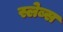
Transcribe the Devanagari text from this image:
स्लेब्स